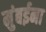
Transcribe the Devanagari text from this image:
मुंबईना